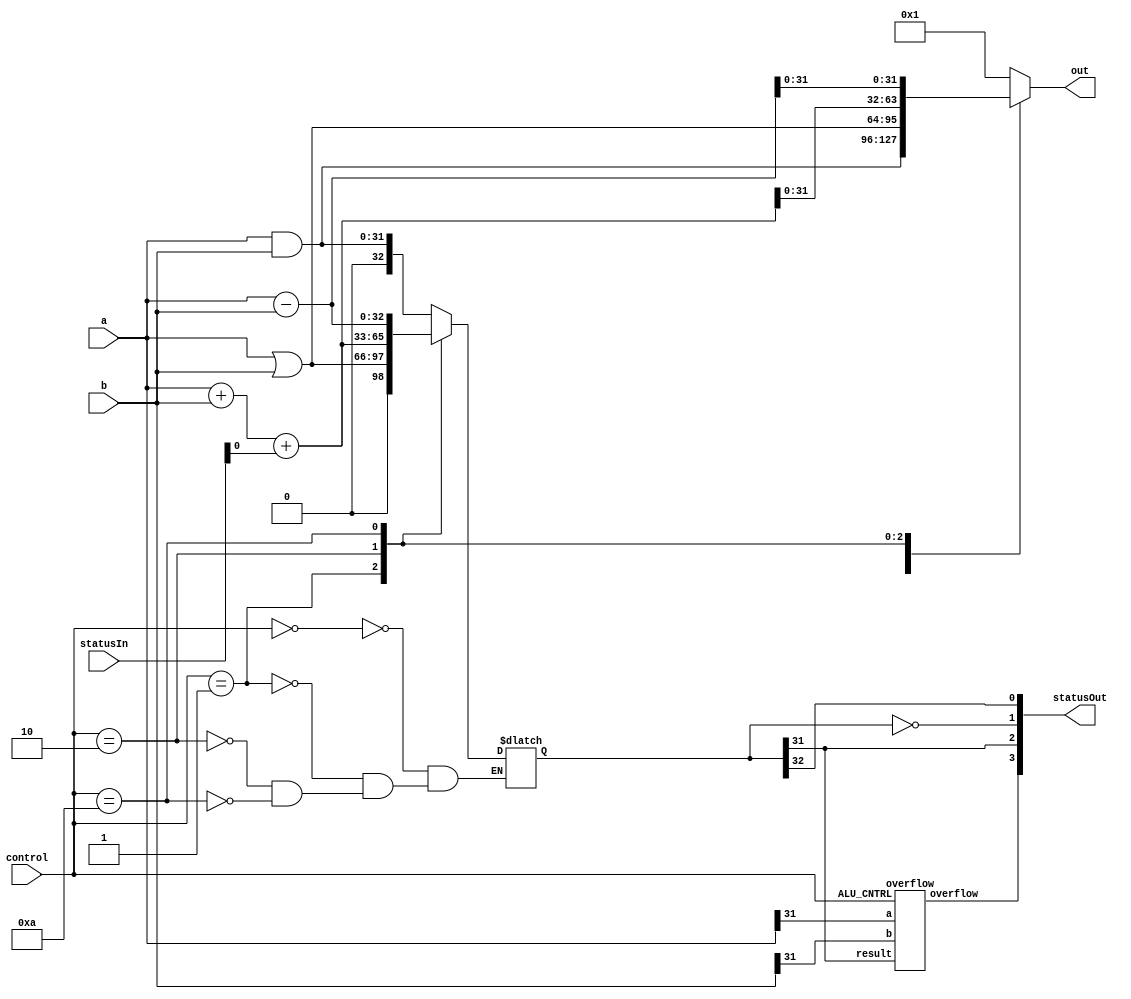
/**
 * -- Status --
 *     3: V - Overflow
 *     2: N - Negative
 *     1: Z - Zero
 *     0: C - Carry
 */
`define STATUS_V_BIT 3
`define STATUS_N_BIT 2
`define STATUS_Z_BIT 1
`define STATUS_C_BIT 0

/**
 * -- Control --
 *     bits: invert a, invert b, operation[2:0]
 *     operation: 0=and, 1=or, 2=add, 3=SLT, 4=SLL, 5=SRL
 */
`define AND  'b00000
`define OR   'b00001
`define ADD  'b00010
`define SUB  'b01010
`define SLT  'b01011
`define NOR  'b11000
`define NAND 'b11001
`define SLL  'b00100
`define SRL  'b00101

module ALU
    #(parameter DATA_WIDTH = 32)
    (control, a, b, statusIn, out, statusOut);

    input[4:0] control;
    input[DATA_WIDTH-1:0] a, b;
    // input[4:0] shiftAmount;
    input[3:0] statusIn;

    reg [DATA_WIDTH:0] result;
    output reg[DATA_WIDTH-1:0] out;
    output[3:0] statusOut;
    reg [DATA_WIDTH:0] shifted;

    // TODO
    always@(control, a, b, statusIn) begin
        case (control)
            5'b00000: begin
                    result = a & b; //and
                    out = result[DATA_WIDTH-1:0];
                    end
            5'b00001: begin
                    result = a | b; //or
                    out = result[DATA_WIDTH-1:0];
                    end
            5'b00010: begin
                    // shifted = statusIn[`STATUS_C_BIT] << DATA_WIDTH;
                    result = a + b  + statusIn[`STATUS_C_BIT]; //add
                    out = result[DATA_WIDTH-1:0];
                end
            5'b01010: begin
                    result = a - b; //sub
                    out = result[DATA_WIDTH-1:0];
                    end
            default: out = 1;
        endcase
    end
    assign statusOut[`STATUS_C_BIT] = result[DATA_WIDTH];
    assign statusOut[`STATUS_Z_BIT] = result == 0 ;
    assign statusOut[`STATUS_N_BIT] = result[DATA_WIDTH-1];

    wire overflow_wire;
    overflow f(.a(a[DATA_WIDTH-1]), .b(b[DATA_WIDTH-1]), .result(result[DATA_WIDTH-1]), .ALU_CNTRL(control), .overflow(overflow_wire));
    assign statusOut[`STATUS_V_BIT] = overflow_wire;
endmodule

module overflow(input a, input b, input result, input [4:0] ALU_CNTRL, output overflow);
    assign overflow = (ALU_CNTRL == `ADD | ALU_CNTRL == `SUB) ? (~a & ~b & result | a & b & ~result) : 0;
endmodule



/**
 * Basic clocked register.
 * D is clocked through to Q on a rising edge.
 */
module Register
    #(parameter DATA_WIDTH=32)
    (input [DATA_WIDTH-1:0] D, input clock, output reg [DATA_WIDTH-1:0] Q);

    // TODO EDITED
    always@(posedge clock) Q<=D;
endmodule

/**
 * Register file with two read ports and one write port.
 * Any change in a read address will immediately result in the update of
 * the output.
 * Any change in the write address or write data will result
 * in the update to the stored data at the write address on the rising edge of the clock.
 */
module RegisterFile
    #(parameter ADDRESS_WIDTH = 5, parameter DATA_WIDTH = 32)
    (clock, address1, address2, writeAddress, writeData, regWrite, outData1, outData2);

    input clock;
    input[ADDRESS_WIDTH-1:0] address1, address2, writeAddress;
    input[DATA_WIDTH-1:0] writeData;
    input regWrite;
    output [DATA_WIDTH-1:0] outData1, outData2;

    reg[DATA_WIDTH-1:0] data[2**ADDRESS_WIDTH:0];

    assign outData1 = data[address1];
    assign outData2 = data[address2];

    always @(posedge clock) begin
        if(regWrite) begin
            data[writeAddress] <= writeData;
        end
    end

endmodule

module SignExtend
    #(parameter FROM_WIDTH = 16, parameter TO_WIDTH = 32)
    (input [FROM_WIDTH-1:0] unextended, output [TO_WIDTH-1:0] extended);

    assign extended = $signed(unextended);

endmodule